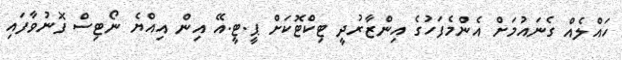
ހައްލެއް ގެނައުމަށް އެންމެފަހުގެ އިންޒާރުދީ ޓިކްޓޮކަށް ޕީ.ޓީ.އޭ އިން އިއްޔެ ނޯޓިސް ފޮނުވާފައި